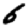
Digit: 6